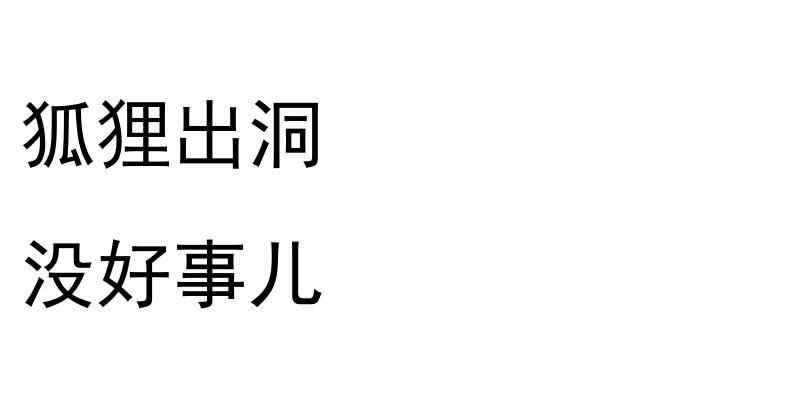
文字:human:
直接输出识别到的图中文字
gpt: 狐狸出洞 没好事儿